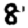
Digit: 8